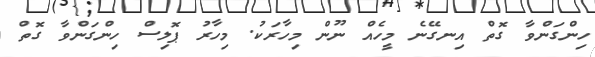
ހިންގަންވާ ގޮތް އިނގޭނެ މީހެއް ނޫން މިހާރަކު. މިހާރު ޕޮލިސް ހިންގަންވާ ގޮތް